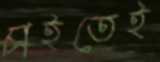
চাইতেই